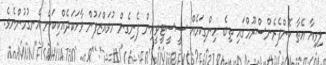
ލިވިއާ އެތާ ކޮންފެރެންސްރޫމްގައި ތިބެ ހިންގިކަމެއް ސީސީޓީވީއިން ފެނިގެން މުވައްޒަފުން ވާހަކަދެއްކިކަން އެނގުމުންނެވެ.